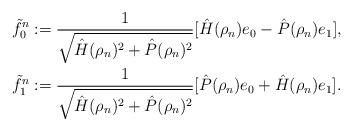
LaTeX: \begin{align*}\tilde{f}_0^n &:= \frac{1}{\sqrt{\hat{H}(\rho_n)^2 + \hat{P}(\rho_n)^2}}[\hat{H}(\rho_n) e_0 - \hat{P}(\rho_n) e_1], \\\tilde{f}_1^n &:= \frac{1}{\sqrt{\hat{H}(\rho_n)^2 + \hat{P}(\rho_n)^2}}[\hat{P}(\rho_n) e_0 + \hat{H}(\rho_n) e_1].\end{align*}